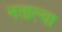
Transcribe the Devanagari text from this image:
नताल्या